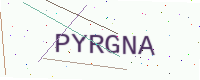
Text: PYRGNA